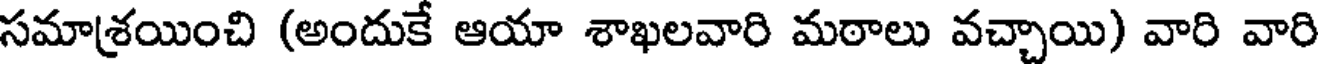
సమాశ్రయించి (అందుకే ఆయా శాఖలవారి మఠాలు వచ్చాయి) వారి వారి